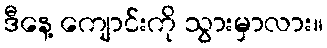
ဒီနေ့ ကျောင်းကို သွားမှာလား။